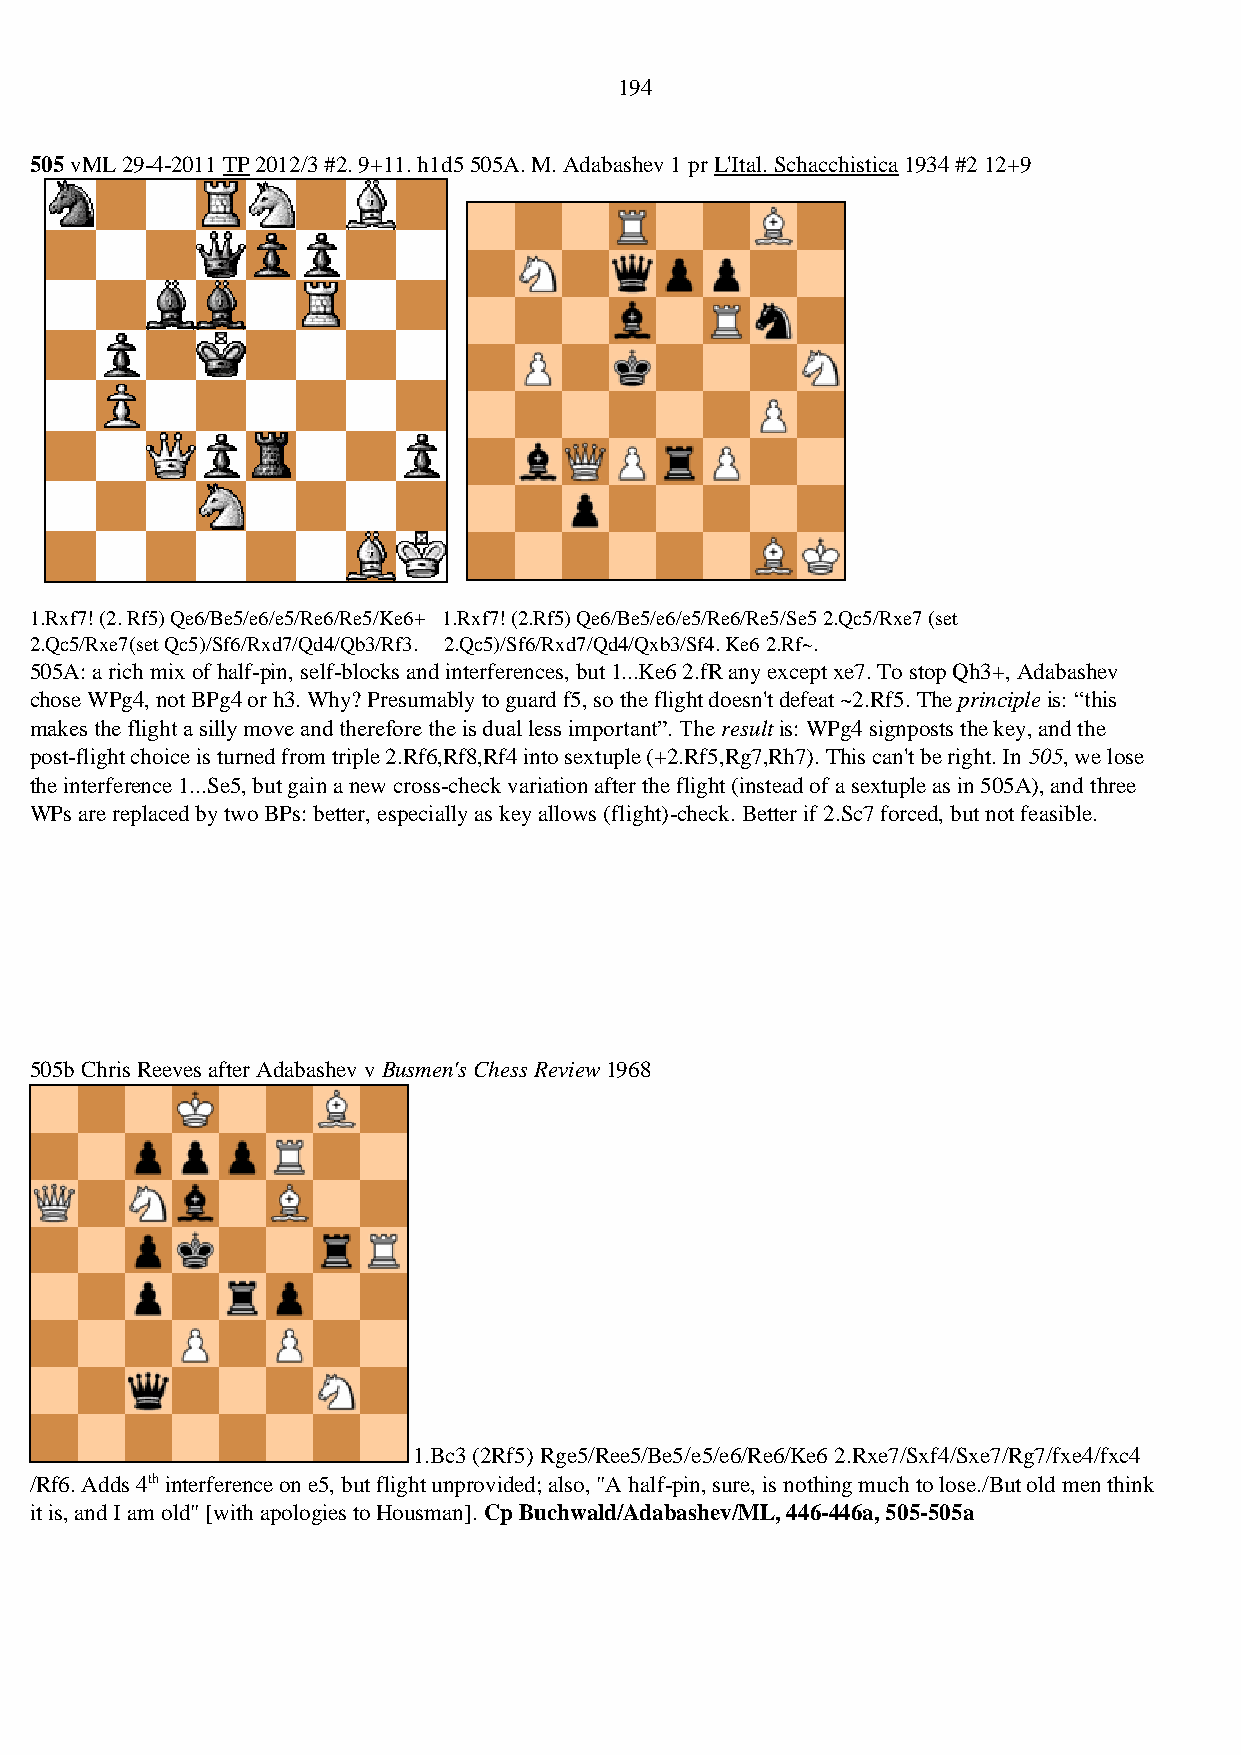
194
 505 vML 29-4-2011 TP 2012/3 #2. 9+11. h1d5 505A. M. Adabashev 1 pr L'Ital. Schacchistica 1934 #2 12+9
 1.Rxf7! (2. Rf5) Qe6/Be5/e6/e5/Re6/Re5/Ke6+ 1.Rxf7! (2.Rf5) Qe6/Be5/e6/e5/Re6/Re5/Se5 2.Qc5/Rxe7 (set
 2.Qc5/Rxe7(set Qc5)/Sf6/Rxd7/Qd4/Qb3/Rf3. 2.Qc5)/Sf6/Rxd7/Qd4/Qxb3/Sf4. Ke6 2.Rf~.
 505A: a rich mix of half-pin, self-blocks and interferences, but 1...Ke6 2.fR any except xe7. To stop Qh3+, Adabashev
 chose WPg4, not BPg4 or h3. Why? Presumably to guard f5, so the flight doesn't defeat ~2.Rf5. The principle is: “this
 makes the flight a silly move and therefore the is dual less important”. The result is: WPg4 signposts the key, and the
 post-flight choice is turned from triple 2.Rf6,Rf8,Rf4 into sextuple (+2.Rf5,Rg7,Rh7). This can't be right. In 505, we lose
 the interference 1...Se5, but gain a new cross-check variation after the flight (instead of a sextuple as in 505A), and three
 WPs are replaced by two BPs: better, especially as key allows (flight)-check. Better if 2.Sc7 forced, but not feasible.
 505b Chris Reeves after Adabashev v Busmen's Chess Review 1968
 1.Bc3 (2Rf5) Rge5/Ree5/Be5/e5/e6/Re6/Ke6 2.Rxe7/Sxf4/Sxe7/Rg7/fxe4/fxc4
 /Rf6. Adds 4th interference on e5, but flight unprovided; also, "A half-pin, sure, is nothing much to lose./But old men think
 it is, and I am old" [with apologies to Housman]. Cp Buchwald/Adabashev/ML, 446-446a, 505-505a